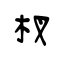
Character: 杈